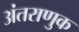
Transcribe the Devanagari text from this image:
अंतराणुक